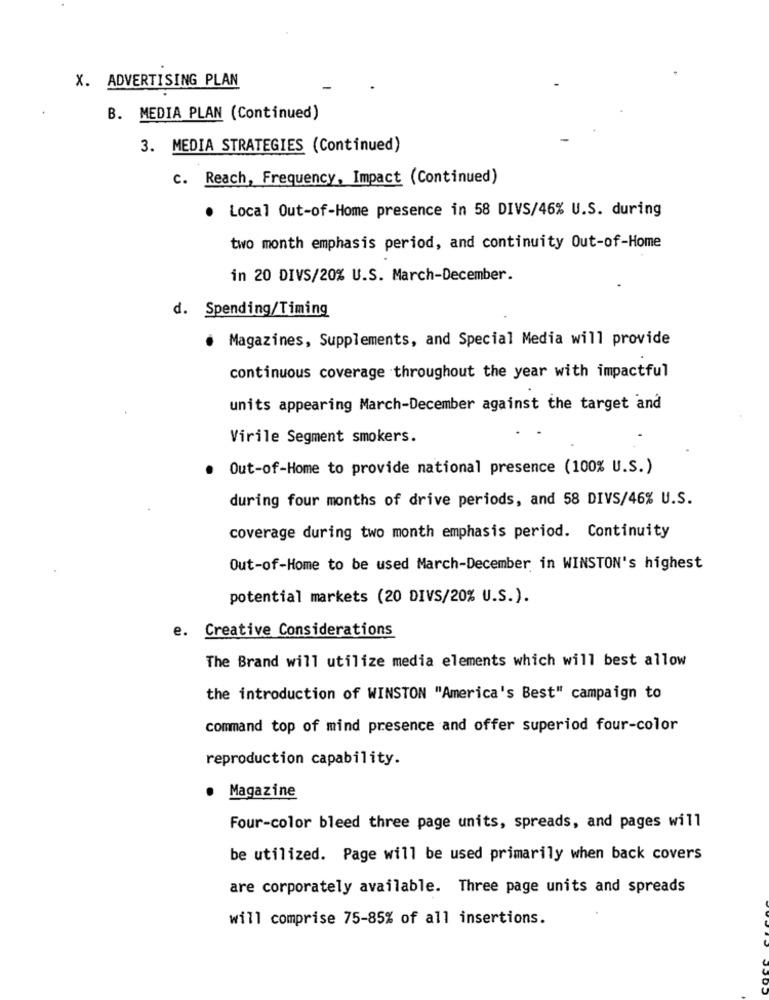
X. ADVERTISING PLAN
B. MEDIA PLAN (Continued)
3. MEDIA STRATEGIES (Continued)
c. Reach, Frequency, Impact (Continued)
. Local Out-of-Home presence in 58 DIVS/46% U.S. during
two month emphasis period, and continuity Out-of-Home
in 20 DIVS/20% U.S. March-December.
d. Spending/Timing
Magazines, Supplements, and Special Media will provide
continuous coverage throughout the year with impactful
units appearing March-December against the target and
Virile Segment smokers.
Out-of-Home to provide national presence (100% U.S.)
during four months of drive periods, and 58 DIVS/46% U.S.
coverage during two month emphasis period. Continuity
Out-of-Home to be used March-December in WINSTON's highest
potential markets (20 DIVS/20% U.S.).
e.
Creative Considerations
The Brand will utilize media elements which will best allow
the introduction of WINSTON "America's Best" campaign to
command top of mind presence and offer superiod four-color
reproduction capability.
Magazine
Four-color bleed three page units, spreads, and pages will
be utilized. Page will be used primarily when back covers
are corporately available. Three page units and spreads
will comprise 75-85% of all insertions.